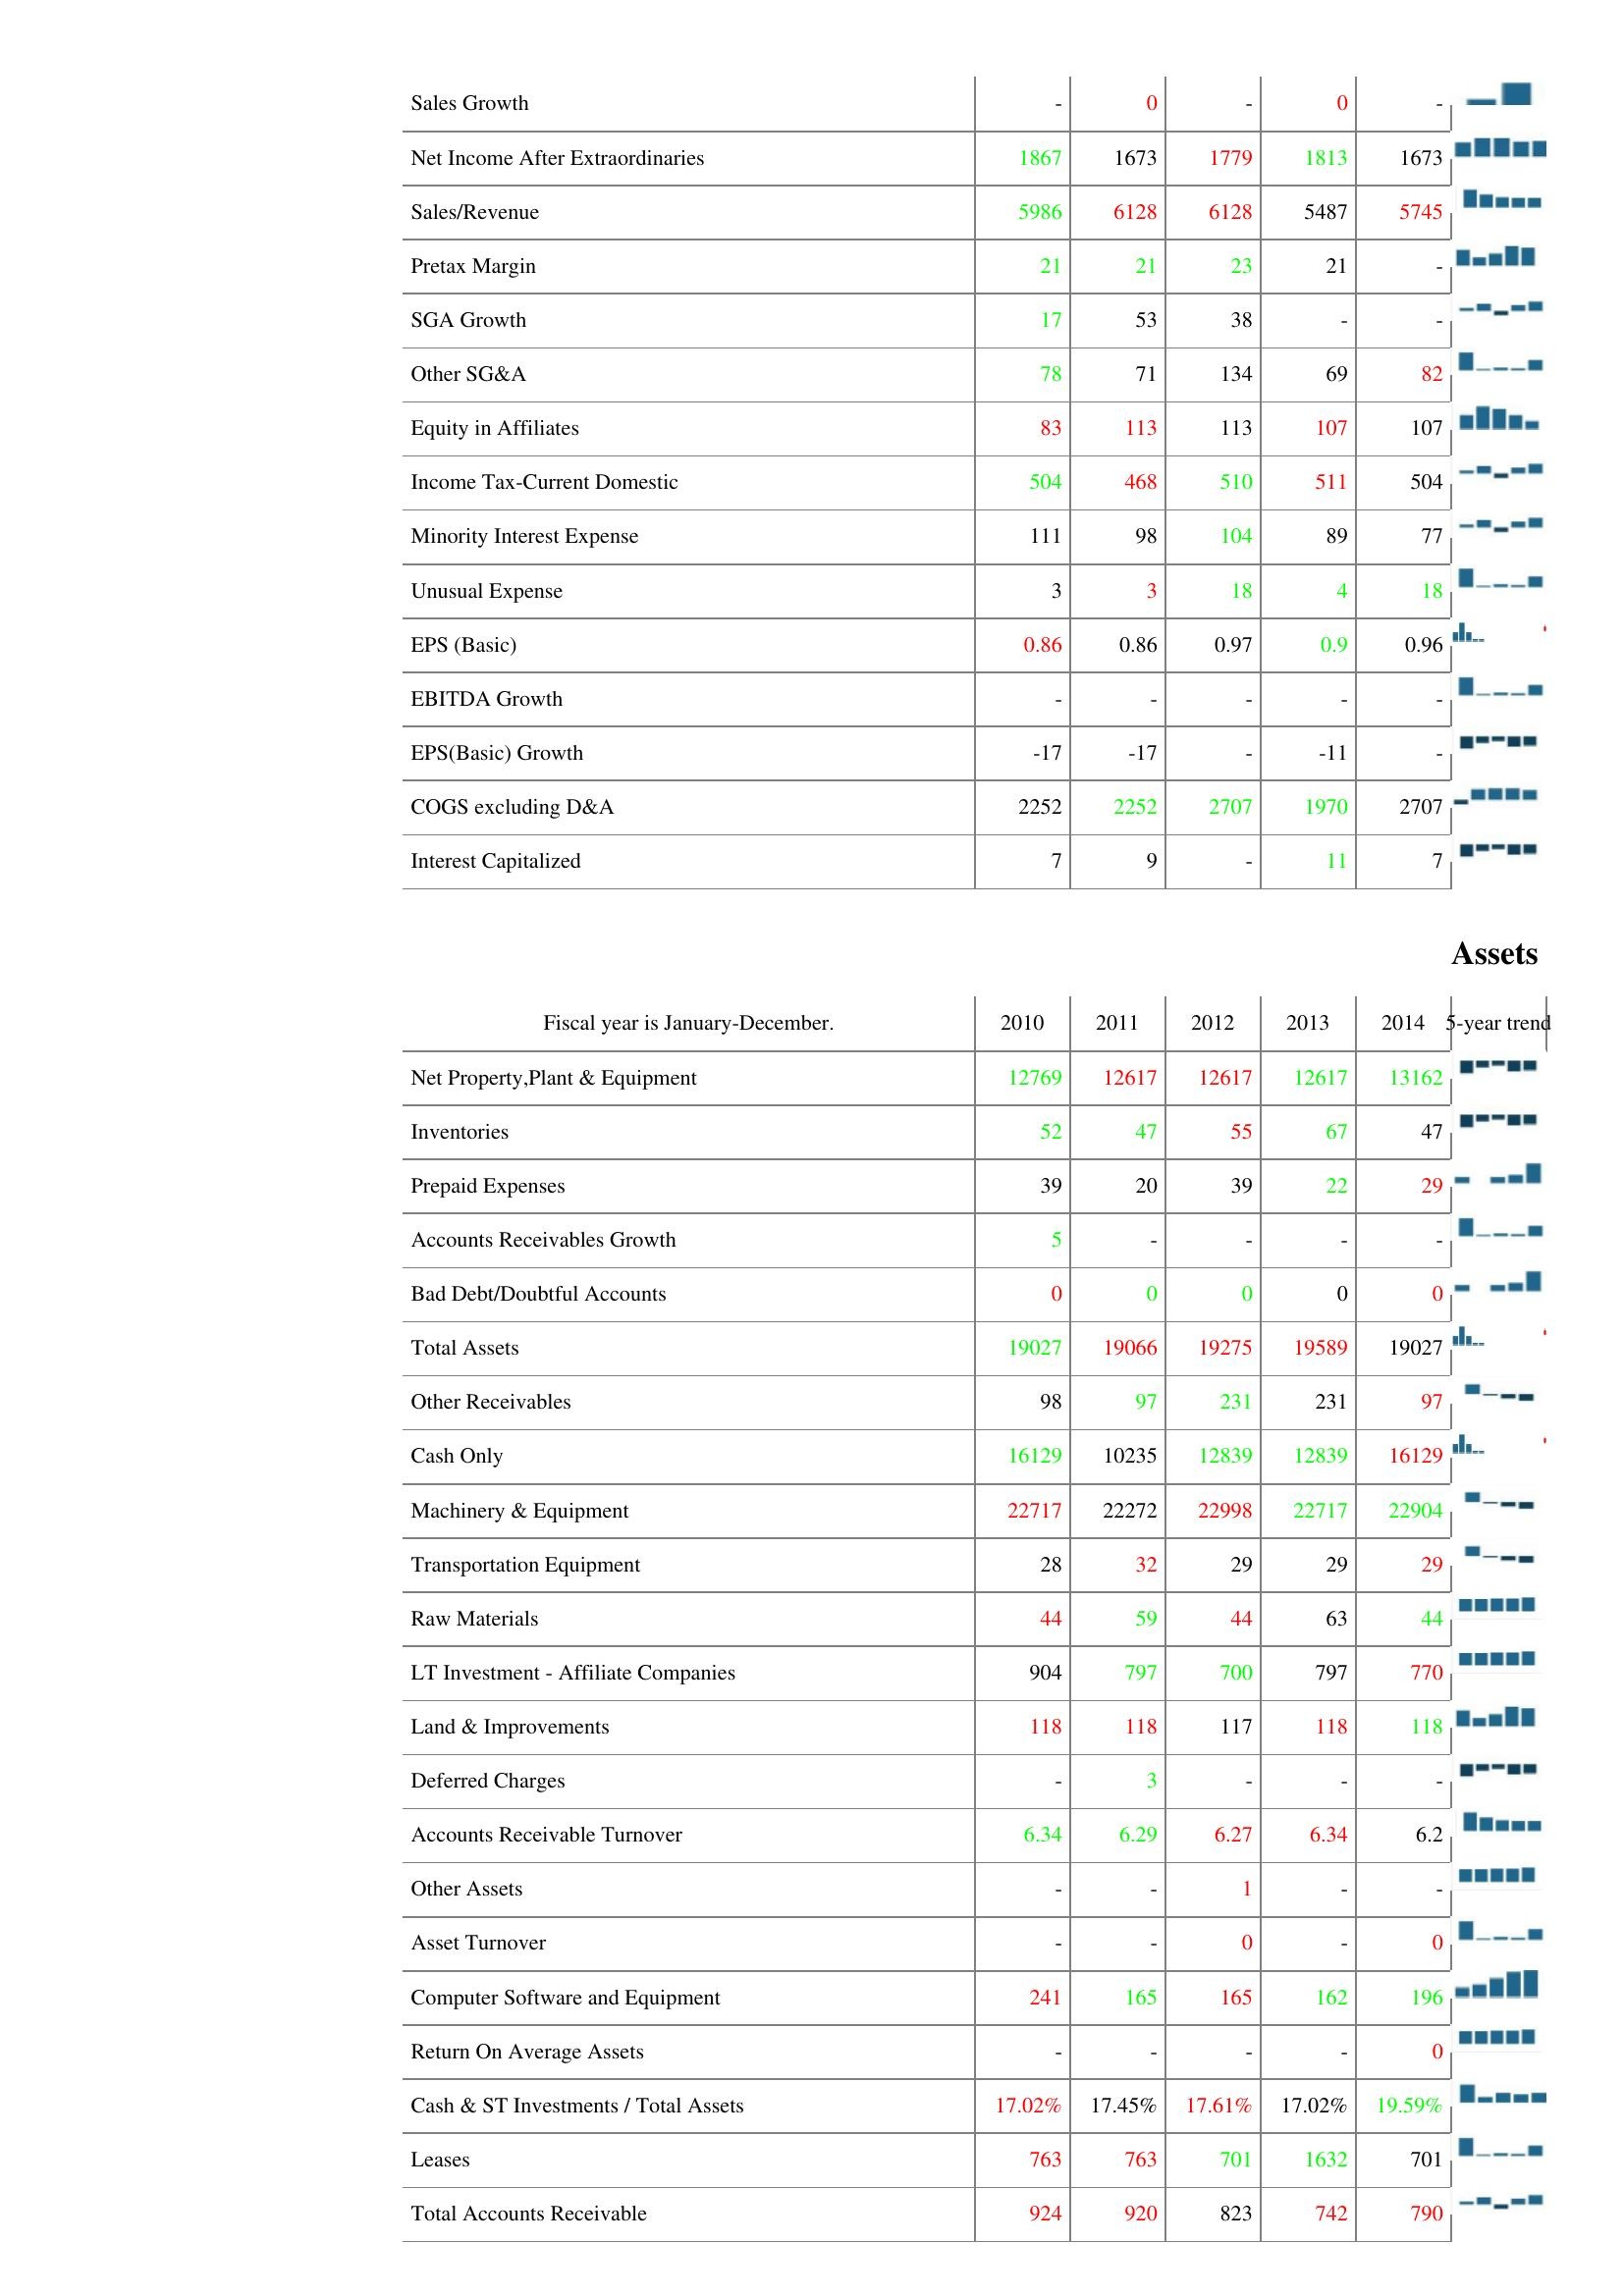
2010: : Sales Growth: -
Net Income After Extraordinaries: 1867
Sales/Revenue: 5986
Pretax Margin: 21
SGA Growth: 17
Other SG&A: 78
Equity in Affiliates: 83
Income Tax-Current Domestic: 504
Minority Interest Expense: 111
Unusual Expense: 3
EPS (Basic): 0.86
EBITDA Growth: -
EPS(Basic) Growth: -17
COGS excluding D&A: 2252
Interest Capitalized: 7
Assets: Net Property,Plant & Equipment: 12769
Inventories: 52
Prepaid Expenses: 39
Accounts Receivables Growth: 5
Bad Debt/Doubtful Accounts: 0
Total Assets: 19027
Other Receivables: 98
Cash Only: 16129
Machinery & Equipment: 22717
Transportation Equipment: 28
Raw Materials: 44
LT Investment - Affiliate Companies: 904
Land & Improvements: 118
Deferred Charges: -
Accounts Receivable Turnover: 6.34
Other Assets: -
Asset Turnover: -
Computer Software and Equipment: 241
Return On Average Assets: -
Cash & ST Investments / Total Assets: 17.02%
Leases: 763
Total Accounts Receivable: 924
2011: : Sales Growth: 0
Net Income After Extraordinaries: 1673
Sales/Revenue: 6128
Pretax Margin: 21
SGA Growth: 53
Other SG&A: 71
Equity in Affiliates: 113
Income Tax-Current Domestic: 468
Minority Interest Expense: 98
Unusual Expense: 3
EPS (Basic): 0.86
EBITDA Growth: -
EPS(Basic) Growth: -17
COGS excluding D&A: 2252
Interest Capitalized: 9
Assets: Net Property,Plant & Equipment: 12617
Inventories: 47
Prepaid Expenses: 20
Accounts Receivables Growth: -
Bad Debt/Doubtful Accounts: 0
Total Assets: 19066
Other Receivables: 97
Cash Only: 10235
Machinery & Equipment: 22272
Transportation Equipment: 32
Raw Materials: 59
LT Investment - Affiliate Companies: 797
Land & Improvements: 118
Deferred Charges: 3
Accounts Receivable Turnover: 6.29
Other Assets: -
Asset Turnover: -
Computer Software and Equipment: 165
Return On Average Assets: -
Cash & ST Investments / Total Assets: 17.45%
Leases: 763
Total Accounts Receivable: 920
2012: : Sales Growth: -
Net Income After Extraordinaries: 1779
Sales/Revenue: 6128
Pretax Margin: 23
SGA Growth: 38
Other SG&A: 134
Equity in Affiliates: 113
Income Tax-Current Domestic: 510
Minority Interest Expense: 104
Unusual Expense: 18
EPS (Basic): 0.97
EBITDA Growth: -
EPS(Basic) Growth: -
COGS excluding D&A: 2707
Interest Capitalized: -
Assets: Net Property,Plant & Equipment: 12617
Inventories: 55
Prepaid Expenses: 39
Accounts Receivables Growth: -
Bad Debt/Doubtful Accounts: 0
Total Assets: 19275
Other Receivables: 231
Cash Only: 12839
Machinery & Equipment: 22998
Transportation Equipment: 29
Raw Materials: 44
LT Investment - Affiliate Companies: 700
Land & Improvements: 117
Deferred Charges: -
Accounts Receivable Turnover: 6.27
Other Assets: 1
Asset Turnover: 0
Computer Software and Equipment: 165
Return On Average Assets: -
Cash & ST Investments / Total Assets: 17.61%
Leases: 701
Total Accounts Receivable: 823
2013: : Sales Growth: 0
Net Income After Extraordinaries: 1813
Sales/Revenue: 5487
Pretax Margin: 21
SGA Growth: -
Other SG&A: 69
Equity in Affiliates: 107
Income Tax-Current Domestic: 511
Minority Interest Expense: 89
Unusual Expense: 4
EPS (Basic): 0.9
EBITDA Growth: -
EPS(Basic) Growth: -11
COGS excluding D&A: 1970
Interest Capitalized: 11
Assets: Net Property,Plant & Equipment: 12617
Inventories: 67
Prepaid Expenses: 22
Accounts Receivables Growth: -
Bad Debt/Doubtful Accounts: 0
Total Assets: 19589
Other Receivables: 231
Cash Only: 12839
Machinery & Equipment: 22717
Transportation Equipment: 29
Raw Materials: 63
LT Investment - Affiliate Companies: 797
Land & Improvements: 118
Deferred Charges: -
Accounts Receivable Turnover: 6.34
Other Assets: -
Asset Turnover: -
Computer Software and Equipment: 162
Return On Average Assets: -
Cash & ST Investments / Total Assets: 17.02%
Leases: 1632
Total Accounts Receivable: 742
2014: : Sales Growth: -
Net Income After Extraordinaries: 1673
Sales/Revenue: 5745
Pretax Margin: -
SGA Growth: -
Other SG&A: 82
Equity in Affiliates: 107
Income Tax-Current Domestic: 504
Minority Interest Expense: 77
Unusual Expense: 18
EPS (Basic): 0.96
EBITDA Growth: -
EPS(Basic) Growth: -
COGS excluding D&A: 2707
Interest Capitalized: 7
Assets: Net Property,Plant & Equipment: 13162
Inventories: 47
Prepaid Expenses: 29
Accounts Receivables Growth: -
Bad Debt/Doubtful Accounts: 0
Total Assets: 19027
Other Receivables: 97
Cash Only: 16129
Machinery & Equipment: 22904
Transportation Equipment: 29
Raw Materials: 44
LT Investment - Affiliate Companies: 770
Land & Improvements: 118
Deferred Charges: -
Accounts Receivable Turnover: 6.2
Other Assets: -
Asset Turnover: 0
Computer Software and Equipment: 196
Return On Average Assets: 0
Cash & ST Investments / Total Assets: 19.59%
Leases: 701
Total Accounts Receivable: 790